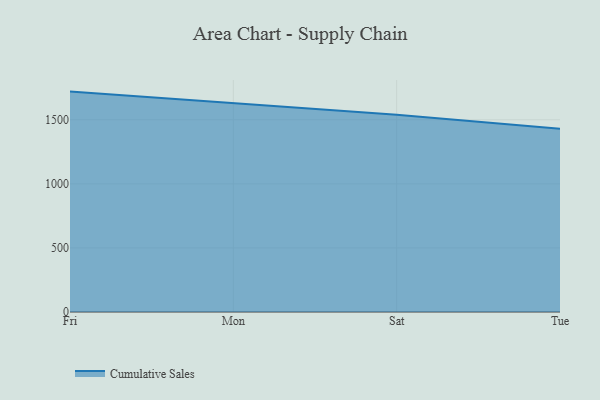
{"axis": {"x": "Day", "y": "Population (Million)"}, "legend": ["Cumulative Sales"], "data": [{"x": "Fri", "y": 1720.0, "type": "Cumulative Sales"}, {"x": "Mon", "y": 1631.0, "type": "Cumulative Sales"}, {"x": "Sat", "y": 1539.1, "type": "Cumulative Sales"}, {"x": "Tue", "y": 1430.7, "type": "Cumulative Sales"}]}